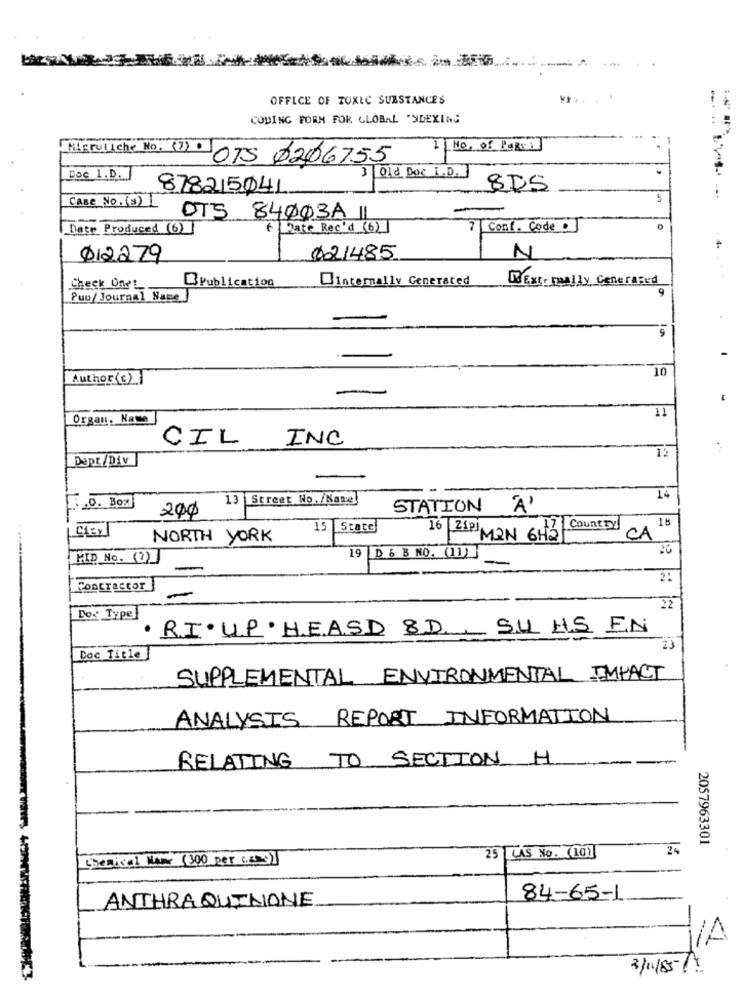
OFFICE OF TOXIC SUBSTANCES
CODING FORM FOR GLOBAL 'SDEXING
.....
I No. Of PART
..
Mirruliche No. (7) OTS 0206755
Dec 1.D. J
3 Old Doc I.D.]
878215041
8D5
Case No. (3) 1
075 84003A11
Date Produced (6)
6 Date Rec'd (6)
7 Cost. Code
012279
021485
N
BPublication
internally Generated
WExtr mally Generated
Check Un'!
Puu/ Journal Name
10
Author (e)
11
Organ, Name
CIL
INC
12
Dept/Div
200 13 | Street No./Naxel
.O. Box
STATION À'
18
15 State
Country
NORTH YORK
16 21 MON 6H27
CA
20
MID No. (2)
19 D & B NO. (11) }
2:
Contractor
22
Dos Type
· RI· UP. HEASD 8.D ., S.U HS EN
23
Doc Title]
SUPPLEMENTAL ENVIRONMENTAL IMPACT
ANALYSIS REPORT INFORMATION
RELATING TO SECTION H
2057963301
25 LAS No. (101
25
Chemical Name (300 per caso)
84-65-1
ANTHRAQUINONE
/A
3/11/85/2